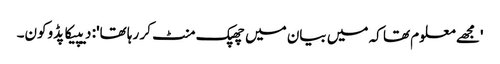
'مجھے معلوم تھا کہ میں بیان میں چھپک منٹ کر رہا تھا': دیپیکا پڈوکون۔